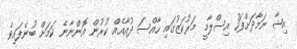
އިޝާ ނަމާދަށްފަހު އިސްލާމީ މަރުކަޒުގައި ހާއްސަ ދުއާއެއް ކުރުން އޮންނާނެ ކަމަށް ބުނެފައިވެ